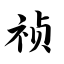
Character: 祯